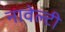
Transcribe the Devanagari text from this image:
नावेल्टी